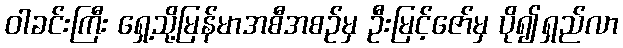
ဝါခင်းကြီး ရှေ့သို့မြန်မာအစီအစဉ်မှ ဦးမြင့်ဇော်မှ ပို၍ရှည်လာ